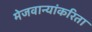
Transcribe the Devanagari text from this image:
मेजवान्यांकरिता